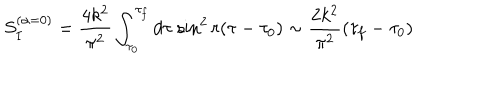
S _ { I } ^ { ( \alpha = 0 ) } = \frac { 4 k ^ { 2 } } { \pi ^ { 2 } } \int _ { \tau _ { 0 } } ^ { \tau _ { f } } d \tau { } ~ { \sin } ^ { 2 } \, r ( \tau - \tau _ { 0 } ) \sim \frac { 2 k ^ { 2 } } { \pi ^ { 2 } } ( \tau _ { f } - \tau _ { 0 } )